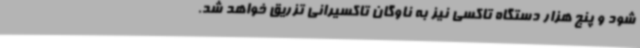
شود و پنج هزار دستگاه تاکسی نیز به ناوگان تاکسیرانی تزریق خواهد شد.